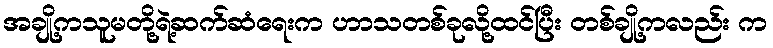
အချို့ကသူမတို့ရဲ့ဆက်ဆံရေးက ဟာသတစ်ခုလို့ထင်ပြီး တစ်ချို့ကလည်း က